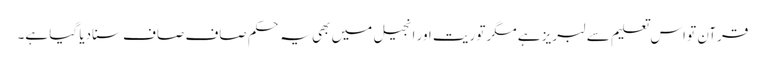
قرآن تو اس تعلیم سے لبریز ہے مگر توریت اور انجیل میں بھی یہ حکم صاف صاف سنادیا گیا ہے۔